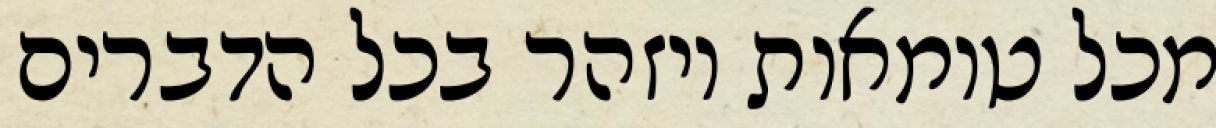
מכל טומאות ויזהר בכל הדברים